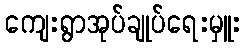
ကျေးရွာအုပ်ချုပ်ရေးမှူး